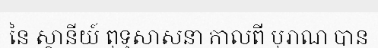
នៃ ស្ថានីយ៍ ពុទ្ធសាសនា កាលពី បុរាណ បាន